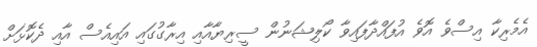
އެމެރިކާ އިސްވެ އޮވެ އުފައްދާފައިވާ ކޯލިޝަނުން ސީރިޔާއާއި އިރާގުގައި އައިއެސް އާއި ދެކޮޅަށް